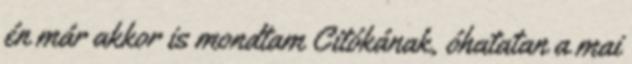
én már akkor is mondtam Citókának, óhatatan a mai